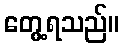
တွေ့ရသည်။